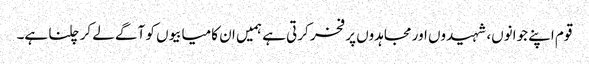
قوم اپنے جوانوں، شہیدوں اور مجاہدوں پر فخر کرتی ہے ہمیں ان کامیابیوں کو آگے لے کر چلنا ہے۔